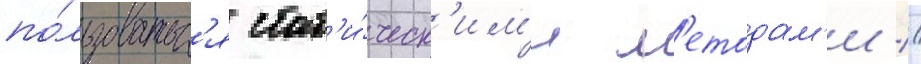
по́льзоватьс'я стат'и́ческ'им'и м'етодам'и //